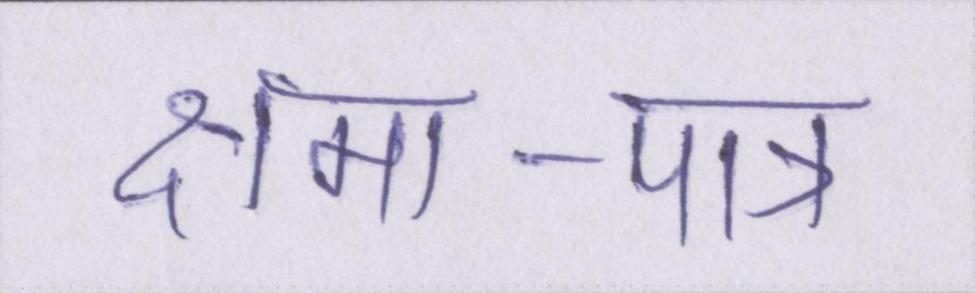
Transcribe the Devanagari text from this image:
क्षमा-पात्र